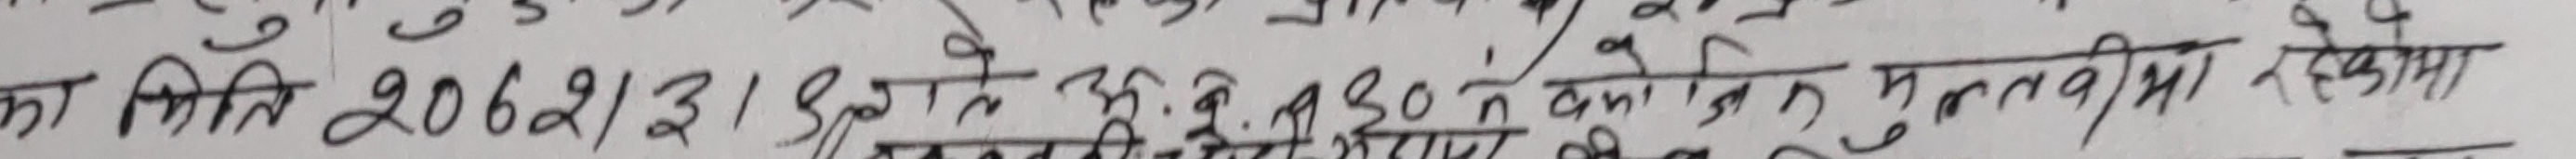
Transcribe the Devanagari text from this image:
का मिति 2062/1/3 के दिन ३.३० बजे मुलतवी रहेका